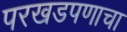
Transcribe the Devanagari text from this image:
परखडपणाचा